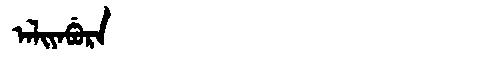
Manchu: ᠠᠯᡳᠶᠠᠪᡠᡵᠠ
Romanization: ALIYABURA